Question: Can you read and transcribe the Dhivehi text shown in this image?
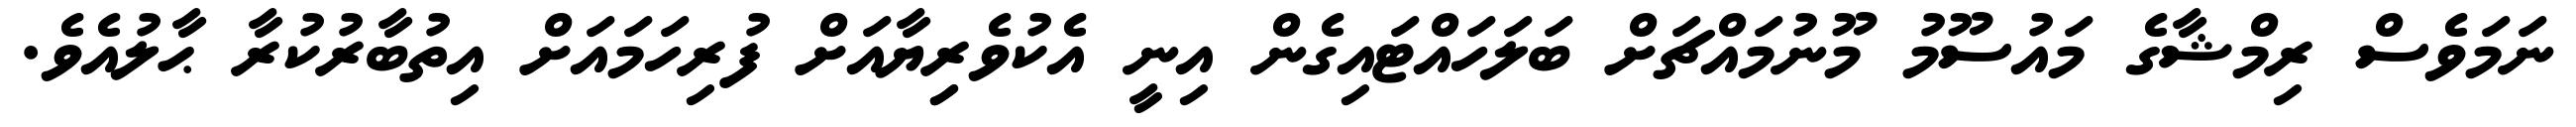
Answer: ނަމަވެސް ރިމްޝާގެ މައުސޫމު މޫނުމައްޗަށް ބަލަހައްޓައިގެން އިނީ އެކުވެރިިޔާއަށް ފުރިހަމައަށް އިތުބާރުކުރާ ޙާލުއެވެ.